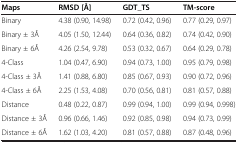
| Maps | RMSD [Å] | GDT_TS | TM-score |
 | --- | --- | --- | --- |
 | Binary | 4.38 (0.90, 14.98) | 0.72 (0.42, 0.96) | 0.77 (0.29, 0.97) |
 | Binary ± 3Å | 4.05 (1.50, 12.44) | 0.64 (0.36, 0.82) | 0.74 (0.42, 0.90) |
 | Binary ± 6Å | 4.26 (2.54, 9.78) | 0.53 (0.32, 0.67) | 0.64 (0.29, 0.78) |
 | 4-Class | 1.04 (0.47, 6.90) | 0.94 (0.73, 1.00) | 0.95 (0.79, 0.98) |
 | 4-Class ± 3Å | 1.41 (0.88, 6.80) | 0.85 (0.67, 0.93) | 0.90 (0.72, 0.96) |
 | 4-Class ± 6Å | 2.25 (1.53, 4.08) | 0.70 (0.56, 0.81) | 0.81 (0.57, 0.88) |
 | Distance | 0.48 (0.22, 0.87) | 0.99 (0.94, 1.00) | 0.99 (0.94, 0.998) |
 | Distance ± 3Å | 0.96 (0.66, 1.46) | 0.92 (0.85, 0.98) | 0.94 (0.73, 0.99) |
 | Distance ± 6Å | 1.62 (1.03, 4.20) | 0.81 (0.57, 0.88) | 0.87 (0.48, 0.96) |